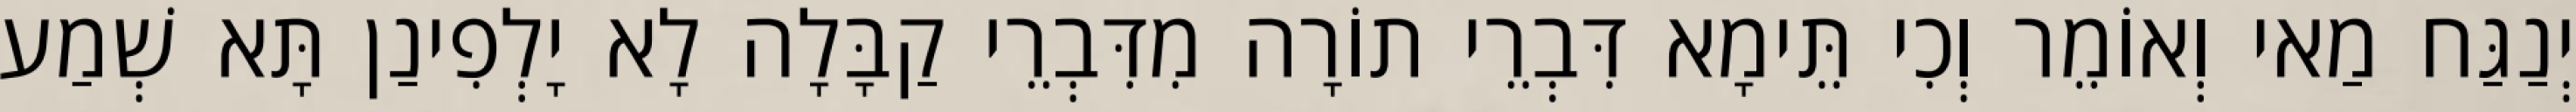
יְנַגַּח מַאי וְאוֹמֵר וְכִי תֵּימָא דִּבְרֵי תוֹרָה מִדִּבְרֵי קַבָּלָה לָא יָלְפִינַן תָּא שְׁמַע